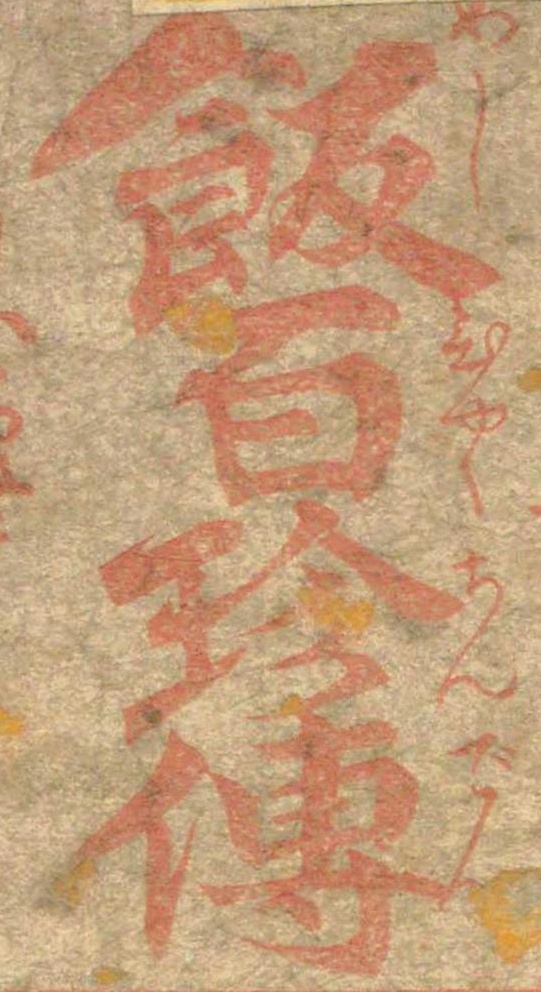
飯百珍伝